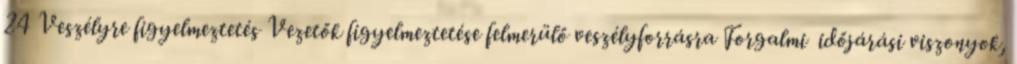
24 Veszélyre figyelmeztetés Vezetők figyelmeztetése felmerülő veszélyforrásra Forgalmi időjárási viszonyok,